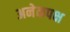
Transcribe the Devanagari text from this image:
अनेकपक्ष